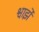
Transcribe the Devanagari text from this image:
श्वार्झे